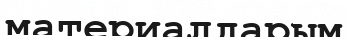
материалдарым